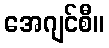
အေဂျင်စီ။